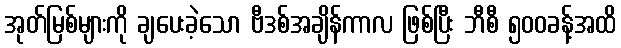
အုတ်မြစ်များကို ချပေးခဲ့သော ဗီဒစ်အချိန်ကာလ ဖြစ်ပြီး ဘီစီ ၅၀၀ခန့်အထိ